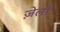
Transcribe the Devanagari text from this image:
ज़ेलों